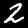
Digit: 2